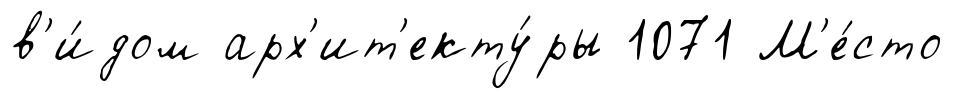
в'и́дом арх'ит'екту́ры 1071 М'е́сто